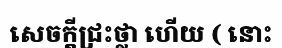
សេចក្តីជ្រះថ្លា ហើយ ( នោះ